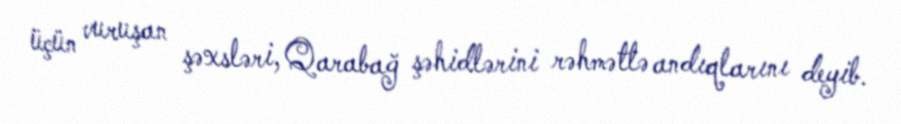
üçün vuruşan şəxsləri, Qarabağ şəhidlərini rəhmətlə andıqlarını deyib.